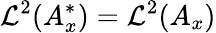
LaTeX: \mathcal{L}^{2}(A_{x}^{\ast})=\mathcal{L}^{2}(A_{x})